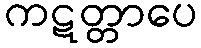
ကဋတ္တာပေ